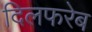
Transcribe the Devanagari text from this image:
दिलफरेब